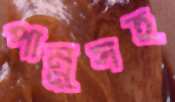
পান্নুসহ